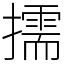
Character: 擩